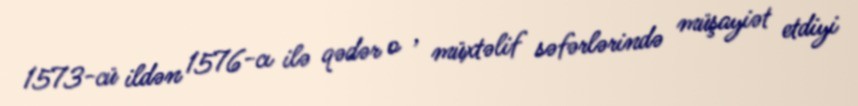
1573-cü ildən 1576-cı ilə qədər o , müxtəlif səfərlərində müşayiət etdiyi